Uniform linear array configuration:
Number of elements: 48
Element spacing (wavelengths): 0.75
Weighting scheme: binomial
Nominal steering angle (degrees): -60
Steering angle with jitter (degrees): -59.793
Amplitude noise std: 0.05
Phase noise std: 0.05

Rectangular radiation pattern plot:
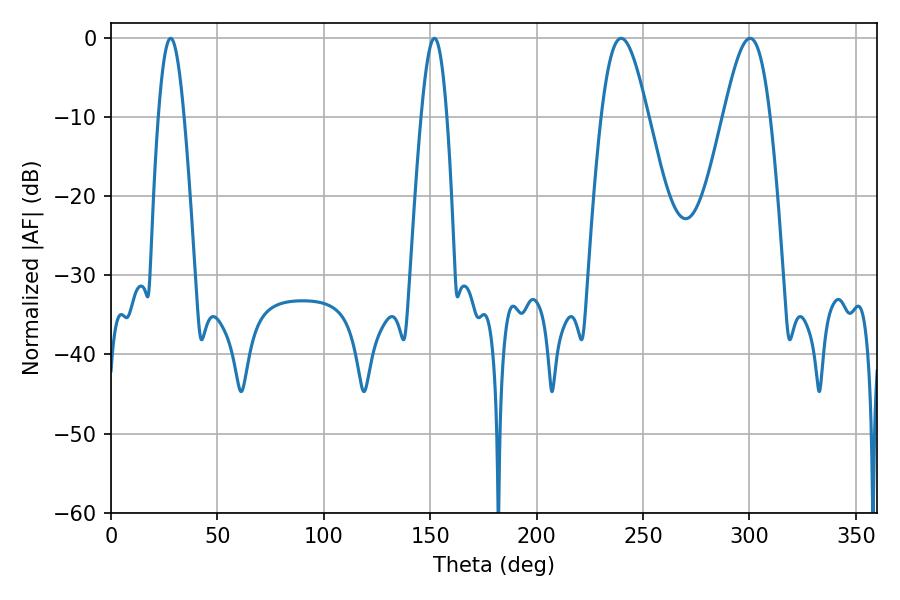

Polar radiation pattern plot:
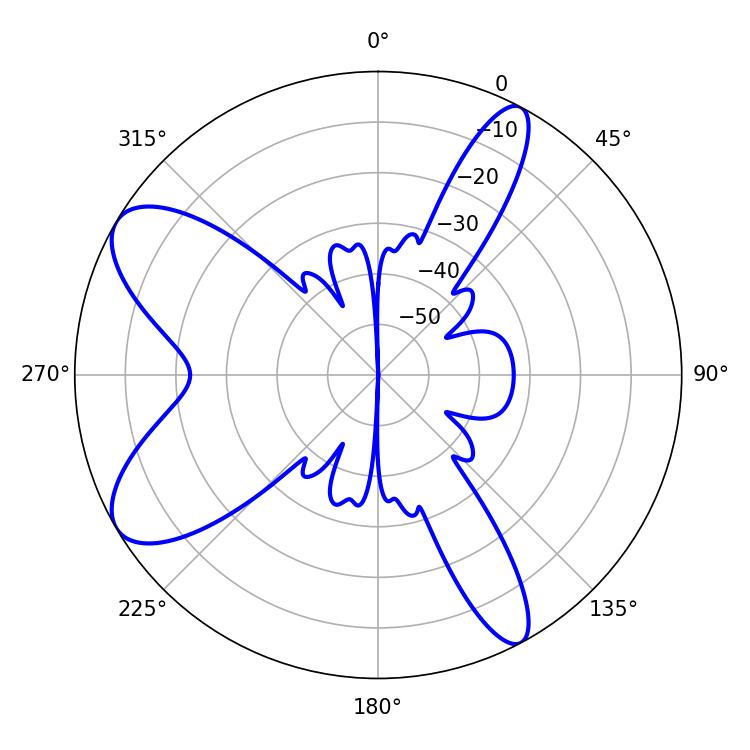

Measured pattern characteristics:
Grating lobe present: TRUE
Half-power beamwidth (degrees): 11.7
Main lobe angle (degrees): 239.76